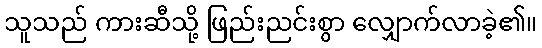
သူသည် ကားဆီသို့ ဖြည်းညင်းစွာ လျှောက်လာခဲ့၏။